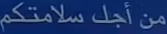
من أجل سلامتكم